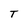
Character: T